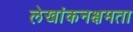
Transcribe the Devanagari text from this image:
लेखांकनक्षमता